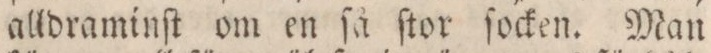
alldraminſt om en ſå ſtor ſocken. Man